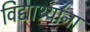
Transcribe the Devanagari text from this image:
विद्याथ्र्यांना